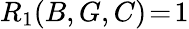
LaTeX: R_{1}(B,G,C)\! =\! 1